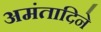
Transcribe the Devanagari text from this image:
अमंतादिने